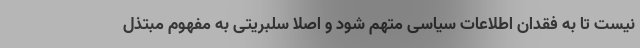
نیست تا به فقدان اطلاعات سیاسی متهم شود و اصلا سلبریتی به مفهوم مبتذل